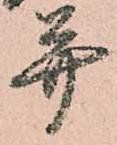
并